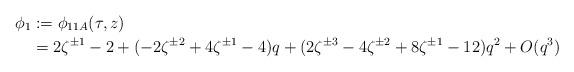
LaTeX: \begin{align*} \phi_1 &:= \phi_{11A}(\tau, z) \\ &= 2 \zeta^{\pm 1} - 2 + (-2\zeta^{\pm 2} + 4 \zeta^{\pm 1} - 4)q + (2 \zeta^{\pm 3} - 4 \zeta^{\pm 2} + 8 \zeta^{\pm 1} - 12) q^2 + O(q^3) \end{align*}